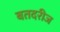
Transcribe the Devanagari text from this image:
बतदरीज